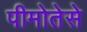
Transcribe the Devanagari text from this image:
पीमोतेसे